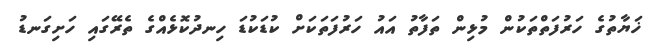
ޚަޔާތުގެ ހަރުފަތްތަކުން މުޅިން ތަފާތު އައު ހަރުފަތަކަށް ކުޑަކުޑަ ހިނދުކޮޅެއްގެ ތެރޭގައި ހަށިގަނޑު